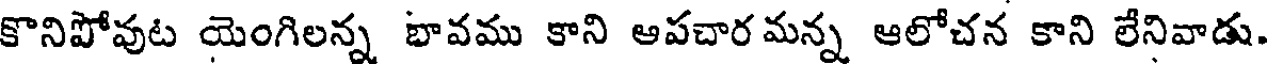
కొనిపోవుట యెంగిలన్న భావము కాని ఆపచారమన్న ఆలోచన కాని లేనివాడు.